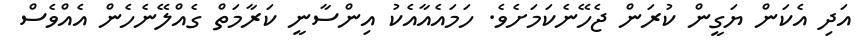
އަދި އެކަން ޔަގީން ކުރަން ޖެހޭނެކަމަށެވެ. ހަމައެއާއެކު އިންސާނީ ކަރާމަތް ގެއްލޭނެހެން އެއްވެސް